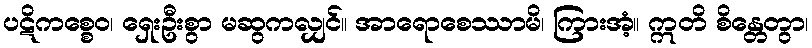
ပဋိကစ္စေဝ၊ ရှေးဦးစွာ မဆွကလျှင်။ အာရောစေဿာမိ၊ ကြားအံ့။ ဣတိ စိန္တေတွာ၊